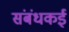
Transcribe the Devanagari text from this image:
संबंधकई